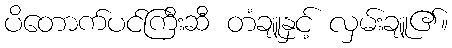
ပိတောက်ပင်ကြီးဆီ တံချူနှင့် လှမ်းချူ၏။